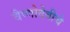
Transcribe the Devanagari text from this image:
वैष्णोदेवीचे